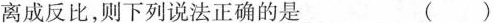
离成反比，则下列说法正确的是 ()